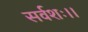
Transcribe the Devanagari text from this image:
सर्वशः।।